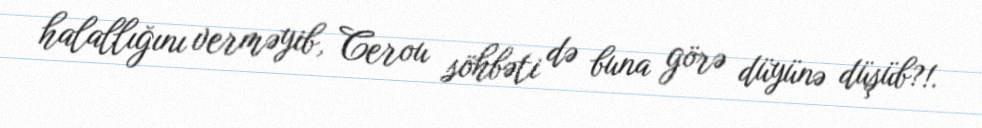
halallığını verməyib, Cerou söhbəti də buna görə düyünə düşüb?!.